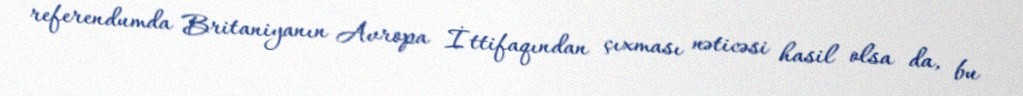
referendumda Britaniyanın Avropa İttifaqından çıxması nəticəsi hasil olsa da, bu